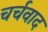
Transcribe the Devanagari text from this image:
चर्चवाद